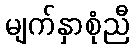
မျက်နှာစုံညီ